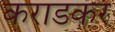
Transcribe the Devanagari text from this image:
कराडकर